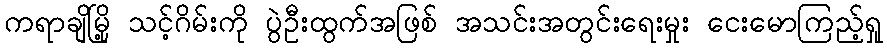
ကရာချိမြို့ သင့်ဂိမ်းကို ပွဲဦးထွက်အဖြစ် အသင်းအတွင်းရေးမှုး ငေးမောကြည့်ရှု